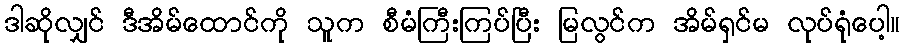
ဒါဆိုလျှင် ဒီအိမ်ထောင်ကို သူက စီမံကြီးကြပ်ပြီး မြလွင်က အိမ်ရှင်မ လုပ်ရုံပေါ့။